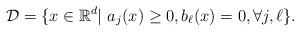
LaTeX: \begin{align*} \mathcal{D} = \{x \in \mathbb{R}^d|\ a_j(x) \geq 0, b_\ell(x) = 0, \forall j,\ell\}.\end{align*}